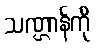
သဏ္ဌာန်ကို